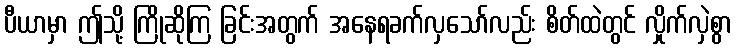
ပီယာမှာ ဤသို့ ကြိုဆိုကြ ခြင်းအတွက် အနေရခက်လှသော်လည်း စိတ်ထဲတွင် လှိုက်လှဲစွာ